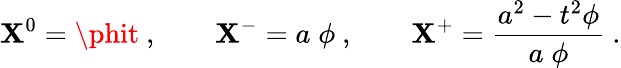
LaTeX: \mathbf{X}^{0}=\phit\ ,\qquad\mathbf{X}^{-}=a\; \phi\ ,\qquad\mathbf{X}^{+}={\frac{{a^{2}-t^{2}\phi}}{{a\; \phi}}}\ .